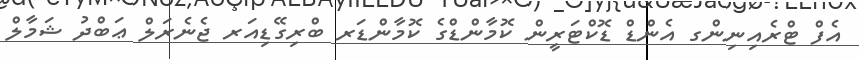
އެފް ޓްރެއިނިންގ އެންޑް ޑޮކްޓަރީން ކޮމާންޑްގެ ކޮމާންޑަރ ބްރިގޭޑިއަރ ޖެނެރަލް ޢަބްދު ޝަމާލް